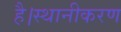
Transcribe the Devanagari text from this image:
है।स्थानीकरण